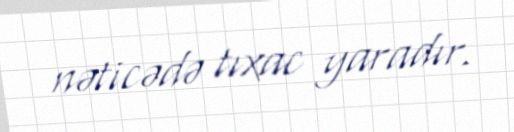
nəticədə tıxac yaradır.